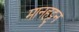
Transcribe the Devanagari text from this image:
मानहट्टन